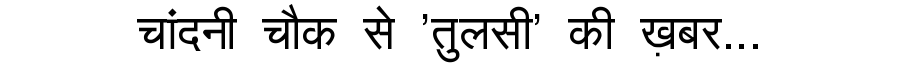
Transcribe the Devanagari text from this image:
चांदनी चौक से 'तुलसी' की ख़बर...